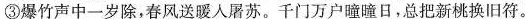
③爆竹声中一岁除，春风送暖入屠苏。千门万户瞳瞳日，总把新桃换旧符。